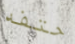
حتفه